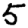
Digit: 5